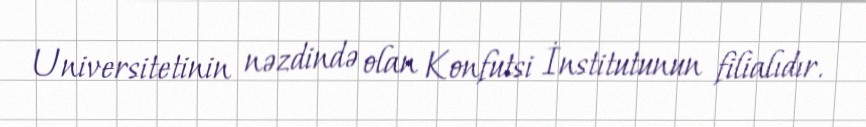
Universitetinin nəzdində olan Konfutsi İnstitutunun filialıdır.